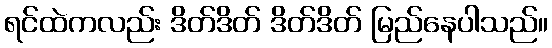
ရင်ထဲကလည်း ဒိတ်ဒိတ် ဒိတ်ဒိတ် မြည်နေပါသည်။